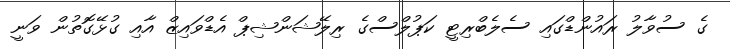
ގެ ސުވާލު ރައުންޑްގައި ސެލެބްރިޓީ ކަޕުލްސްގެ ރިލޭޝަންޝިޕް އެޑްވައިޒް އާއި ގުޅޭގޮތުން ވަނީ